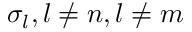
\sigma _ { l } , l \neq n , l \neq m